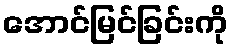
အောင်မြင်ခြင်းကို